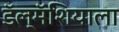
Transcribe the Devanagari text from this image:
डॅल्मॅशियाला